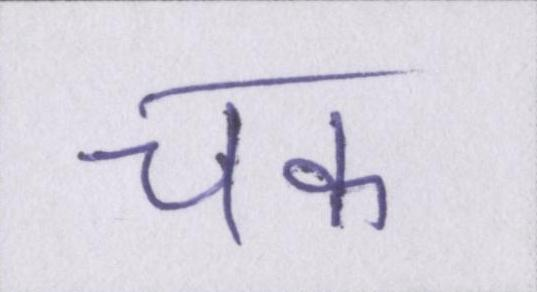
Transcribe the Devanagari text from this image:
चक